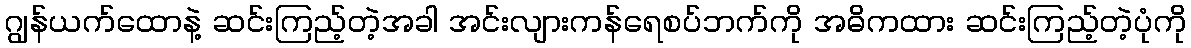
ဂျွန်ယက်ထောနဲ့ ဆင်းကြည့်တဲ့အခါ အင်းလျားကန်ရေစပ်ဘက်ကို အဓိကထား ဆင်းကြည့်တဲ့ပုံကို